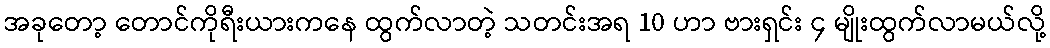
အခုတော့ တောင်ကိုရီးယားကနေ ထွက်လာတဲ့ သတင်းအရ 10 ဟာ ဗားရှင်း ၄ မျိုးထွက်လာမယ်လို့